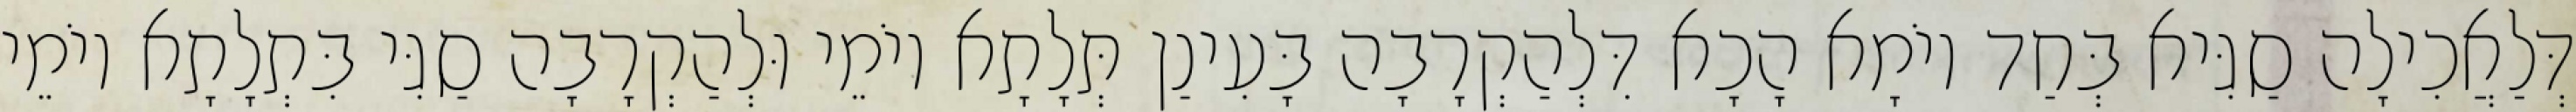
דְּלַאֲכִילָה סַגִּיא בְּחַד יוֹמָא הָכָא דִּלְהַקְרָבָה בָּעִינַן תְּלָתָא יוֹמֵי וּלְהַקְרָבָה סַגִּי בִּתְלָתָא יוֹמֵי